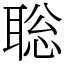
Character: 聡